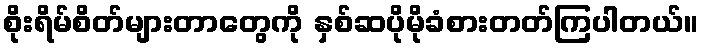
စိုးရိမ်စိတ်များတာတွေကို နှစ်ဆပိုမိုခံစားတတ်ကြပါတယ်။